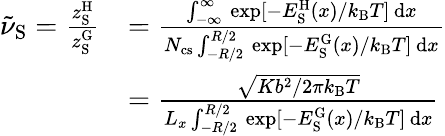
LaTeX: \begin{array}{rl}{\tilde{\nu}_{\mathrm{S}}=\frac{z_{\mathrm{S}}^{\mathrm{H}}}{z_{\mathrm{S}}^{\mathrm{G}}}}&{=\frac{\int_{-\infty}^{\infty}\, \exp[-E_{\mathrm{S}}^{\mathrm{H}}(x)/k_{\mathrm{B}}T]\, \mathrm{d}x}{N_{\mathrm{cs}}\int_{-R/2}^{R/2}\, \exp[-E_{\mathrm{S}}^{\mathrm{G}}(x)/k_{\mathrm{B}}T]\, \mathrm{d}x}}\\ &{=\frac{\sqrt{Kb^{2}/2\pi k_{\mathrm{B}}T}}{L_{x}\int_{-R/2}^{R/2}\, \exp[-E_{\mathrm{S}}^{\mathrm{G}}(x)/k_{\mathrm{B}}T]\, \mathrm{d}x}}\end{array}